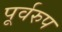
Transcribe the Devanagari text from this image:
पूर्वरुप